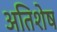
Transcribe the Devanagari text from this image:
अतिशेष